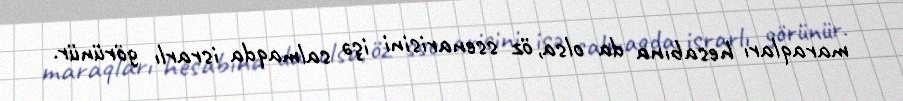
maraqları hesabına da olsa, öz ssenarisini işə salmaqda israrlı görünür.